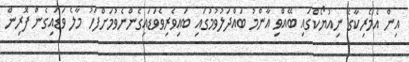
އިން އެމެރިކާގެ ނިއުޔޯކްގައި ބޭއްވި އާންމު ބައްދަލުވުމުގައި ބައިވެރިވެވަޑައިގެންނެވުމަށްފަހު މާލެ ވަޑައިގެން ފޮރިން